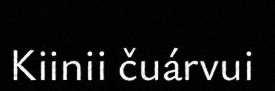
Kiinii čuárvui